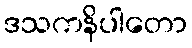
ဒသကနိပါတော